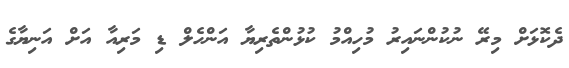
ދެކޮޅަށް މިރޭ ނުކުންނައިރު މުހިއްމު ކުޅުންތެރިޔާ އަންހެލް ޑި މަރިއާ އަށް އަނިޔާގެ